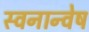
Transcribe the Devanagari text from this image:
स्वनान्वेष